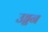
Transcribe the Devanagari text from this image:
उड्डन